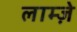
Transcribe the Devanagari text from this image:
लाम्ज़े